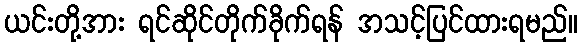
ယင်းတို့အား ရင်ဆိုင်တိုက်ခိုက်ရန် အသင့်ပြင်ထားရမည်။